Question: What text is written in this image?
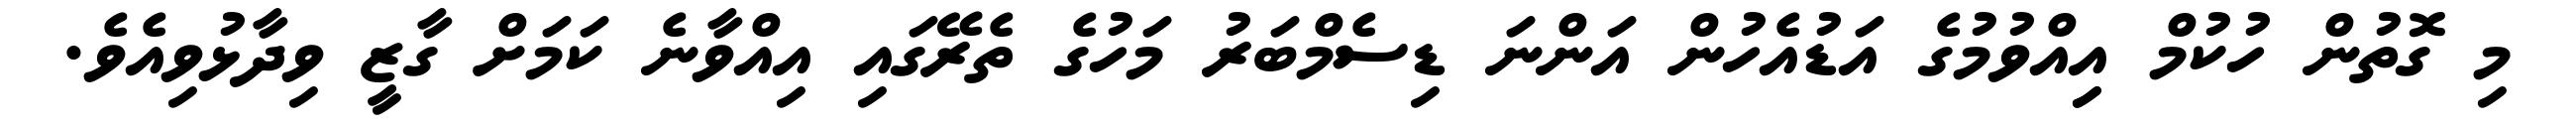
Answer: މި ގޮތުން ހުކުމް އިިއްވުމުގެ އަޑުއެހުން އަންނަ ޑިސެމްބަރު މަހުގެ ތެރޭގައި އިއްވާނެ ކަމަށް ގާޒީ ވިދާޅުވިއެވެ.